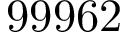
9 9 9 6 2